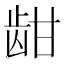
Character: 𬹾